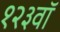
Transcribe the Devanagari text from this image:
१२३वॉ